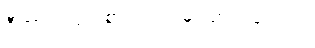
ဒီဟာလည်း စာရင်းထဲမှာ ထည့်ပေးပါ။